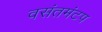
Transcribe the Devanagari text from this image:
वसंतमंटप